Tartu_Kolgata_baptistikogudus, lk 4
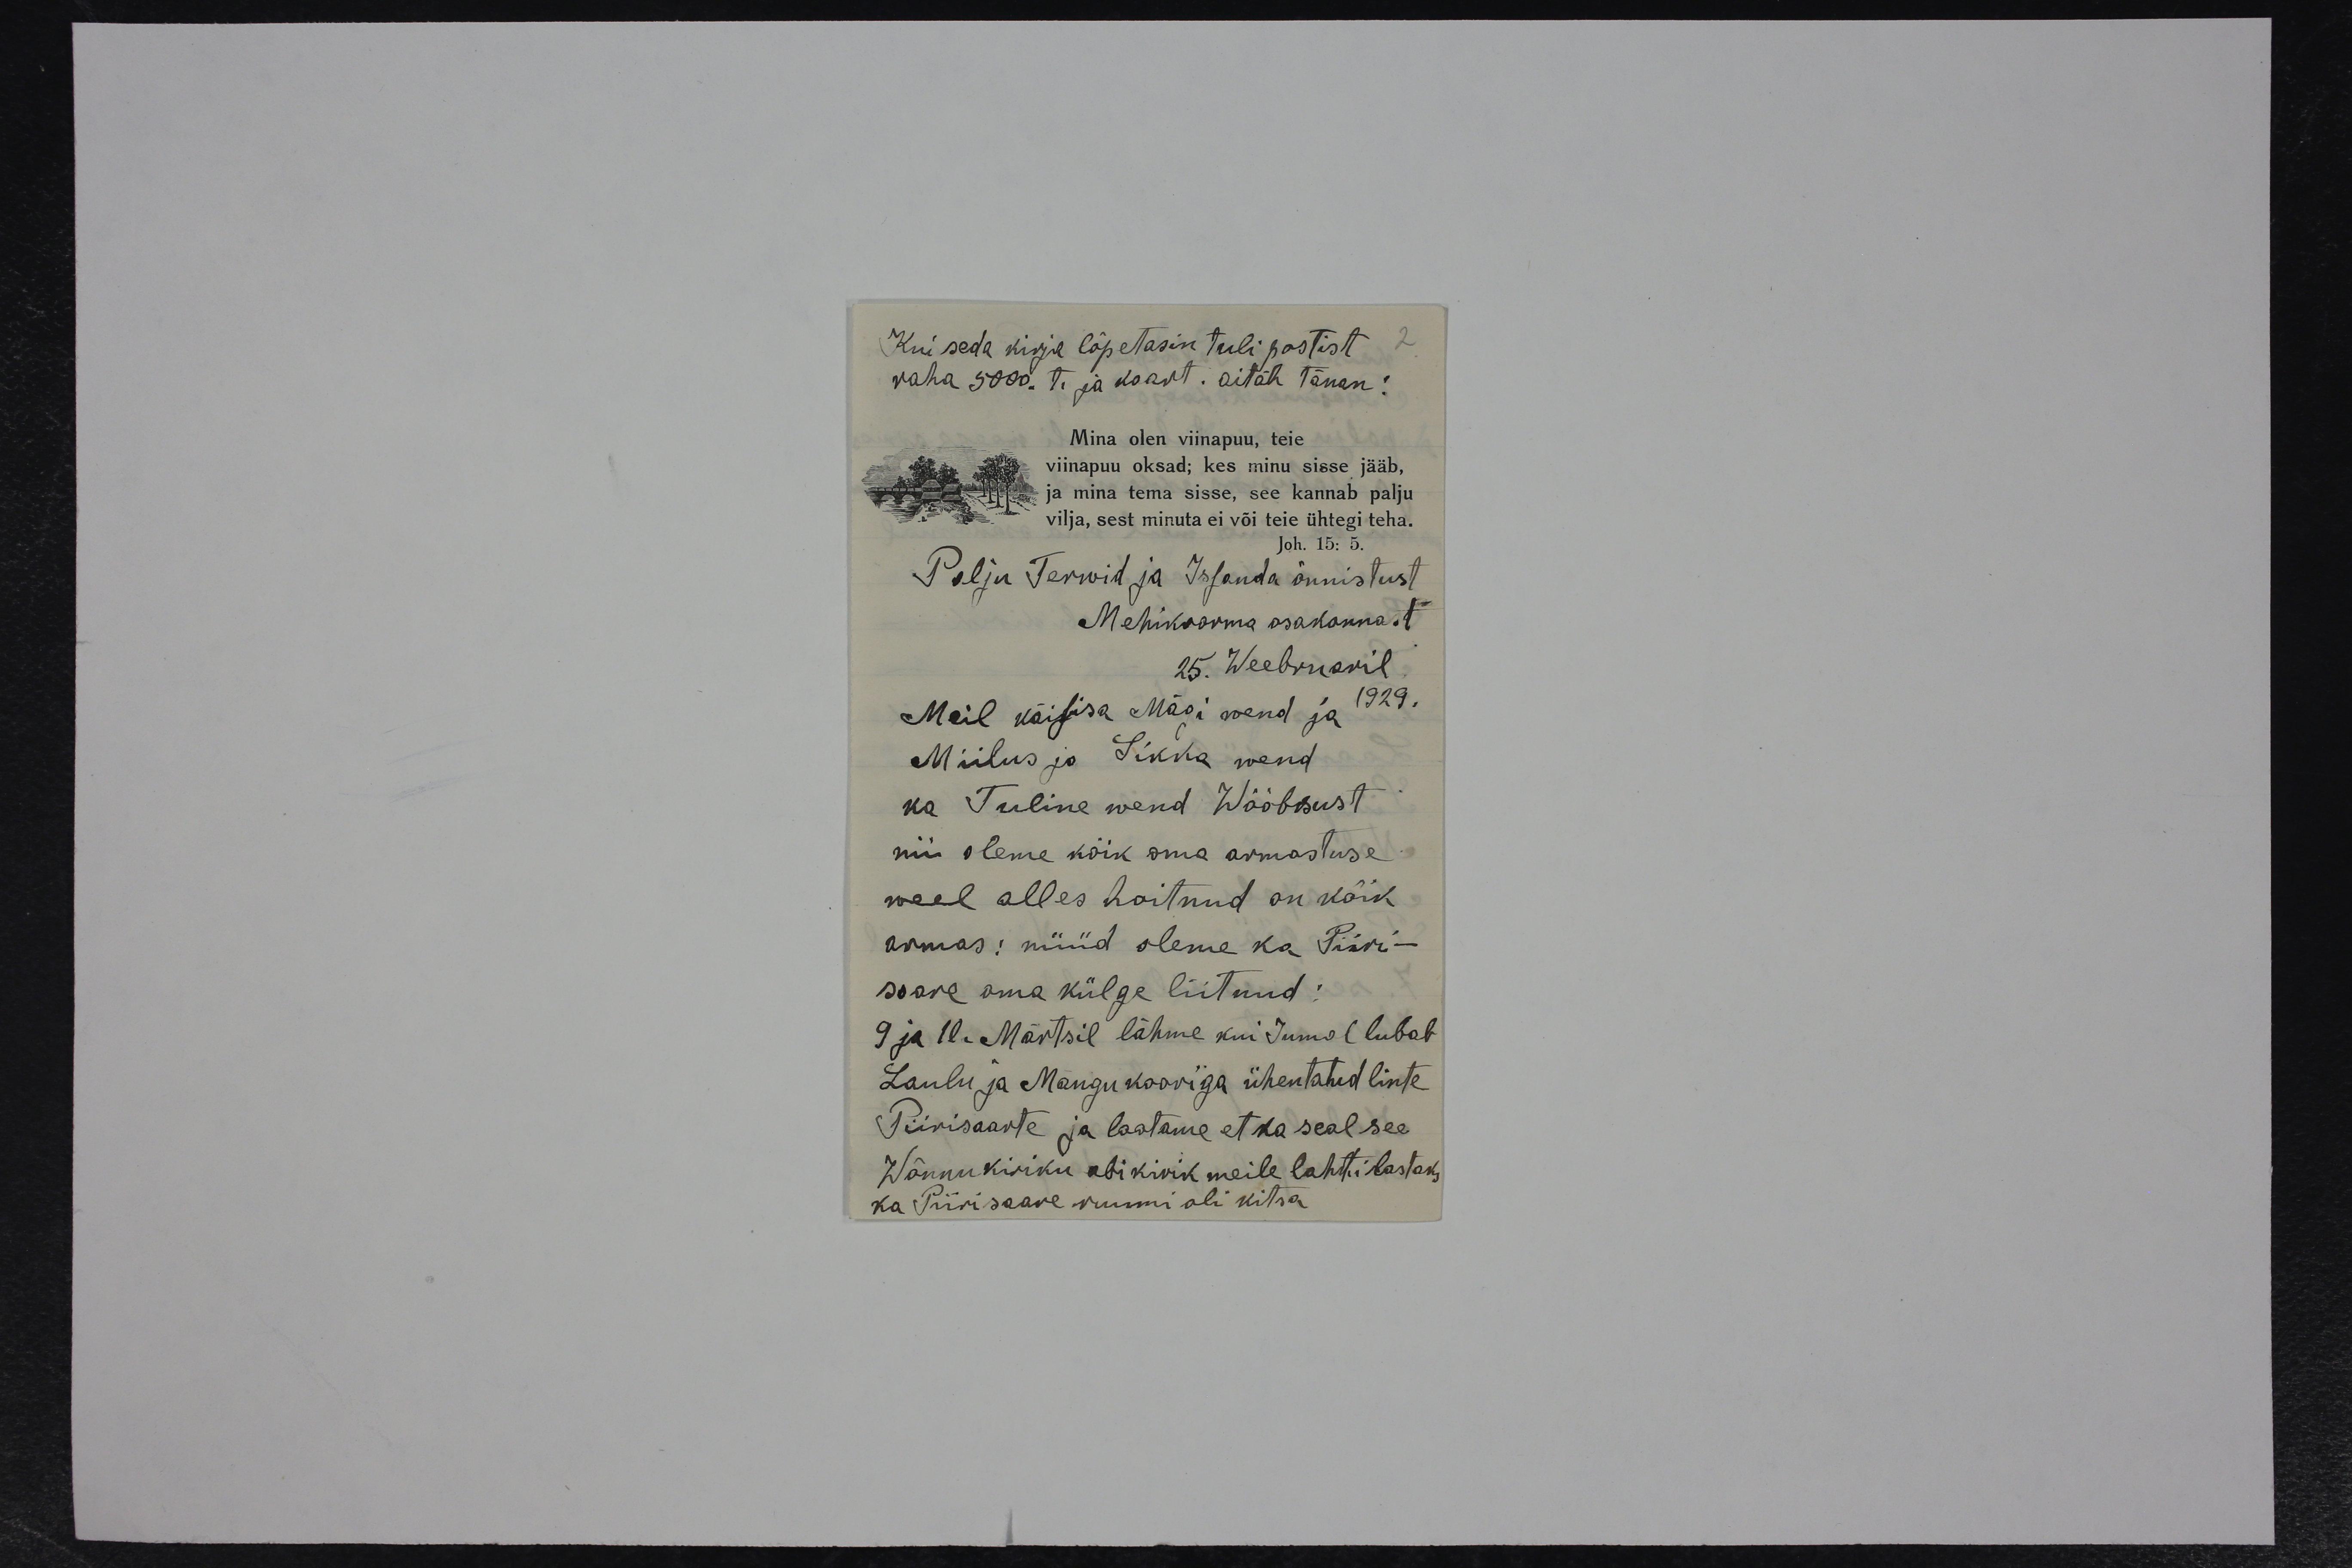
Kui seda kirja lõpetasin tuli postist
raha 5000. t. ja kaart. Aitäh tänan!
Mina olen viinapuu, teie
viinapuu oksad; kes minu sisse jääb,
ja mina tema sisse, see kannab palju
vilja, sest minuta ei või teie ühtegi teha.
Joh. 15: 5.
Palju Terwid ja Issanda õnnistust
Mehikoorma osakonnast
25. Weebruaril
Meil käisisa Mägi wend ja 1929.
Miilus ja Sikka wend
ka Tuline wend Wõõbsust
nii oleme kõik oma armastuse
weel alles hoitnud on kõik
armas! nüüd oleme ka Piiri-
saare oma külge liitnud:
9 ja 10. Märtsil lähme kui Jumal lubab
Laulu ja Mangu kooriga ühentatud linte
Piirisaarte ja lootame et ka seal see
Wõnnu kiriku abi kirik meile lahti lastaks
ka Piirisaare ruumi oli kitsa